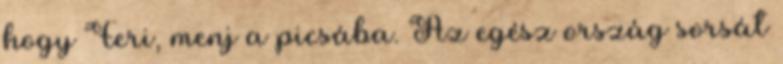
hogy Feri, menj a picsába. Az egész ország sorsát